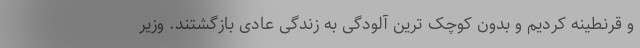
و قرنطینه کردیم و بدون کوچک ترین آلودگی به زندگی عادی بازگشتند. وزیر